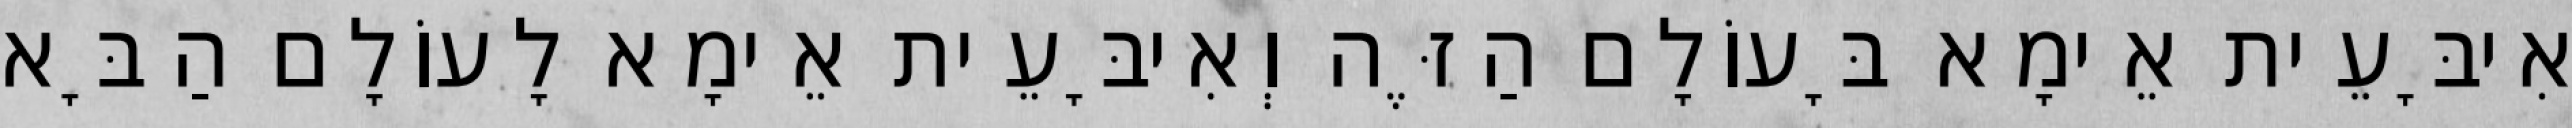
אִיבָּעֵית אֵימָא בָּעוֹלָם הַזֶּה וְאִיבָּעֵית אֵימָא לָעוֹלָם הַבָּא